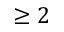
\geq 2